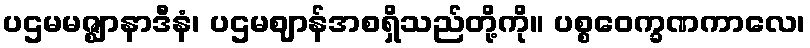
ပဌမမဇ္ဈာနာဒီနံ၊ ပဌမဈာန်အစရှိသည်တို့ကို။ ပစ္စဝေက္ခဏကာလေ၊